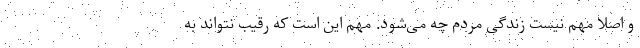
و اصلا مهم نیست زندگی مردم چه می‌شود. مهم این است که رقیب نتواند به